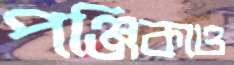
পঞ্জিকাও